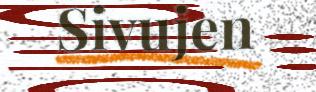
Sivujen